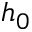
h _ { 0 }